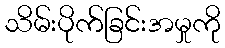
သိမ်းပိုက်ခြင်းအမှုကို